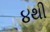
૪થી